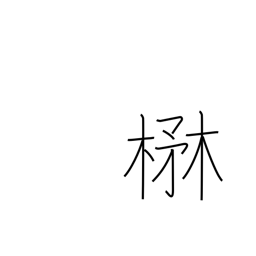
Meaning: lush